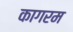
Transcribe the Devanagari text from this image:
कागरम